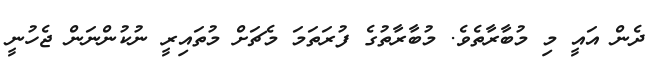
ދެން އައީ މި މުބާރާތެވެ. މުބާރާތުގެ ފުރަތަމަ މެޗަށް މުތައިރީ ނުކުންނަން ޖެހުނީ